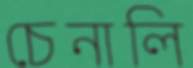
চেনালি